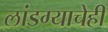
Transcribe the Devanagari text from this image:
लांडग्याचेही